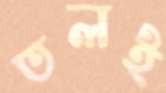
তলই